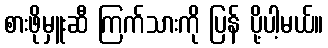
စားဖိုမှူးဆီ ကြက်သားကို ပြန် ပို့ပါ့မယ်။